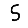
Digit: 5